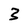
Character: 3